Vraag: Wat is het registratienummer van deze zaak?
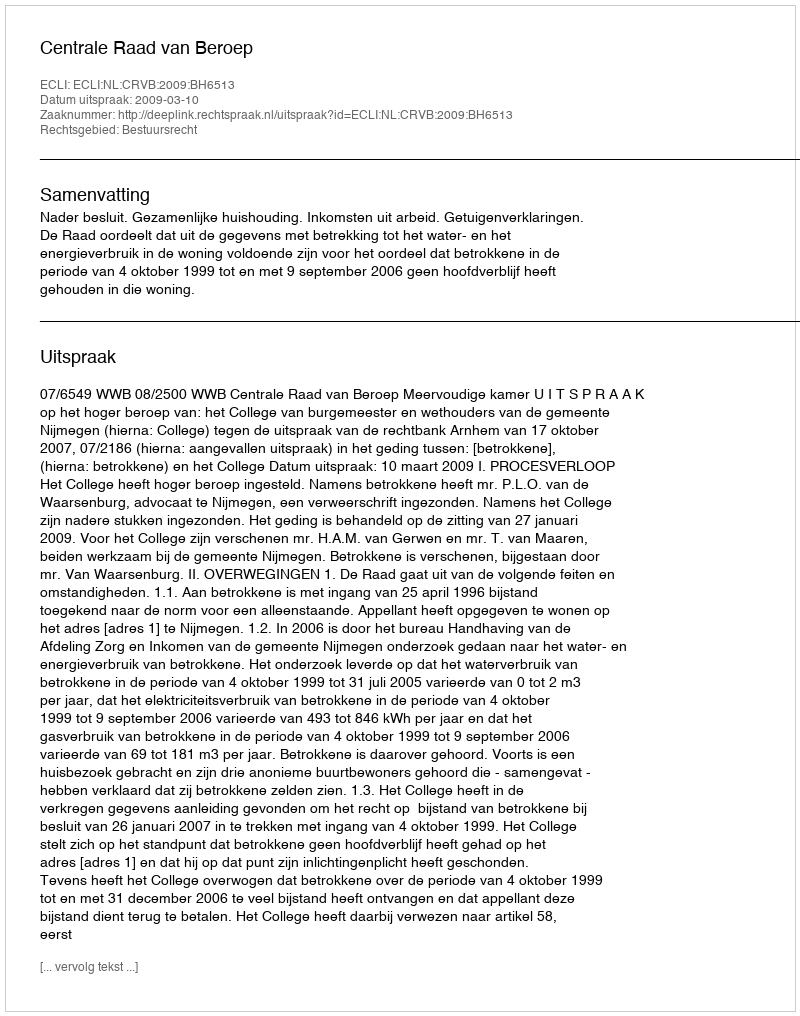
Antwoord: http://deeplink.rechtspraak.nl/uitspraak?id=ECLI:NL:CRVB:2009:BH6513